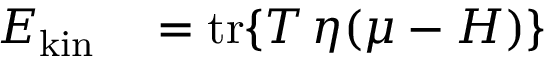
\begin{array} { r l } { E _ { \mathrm { k i n } } } & { { } = \mathrm { t r } \{ T \, \eta ( \mu - H ) \} } \end{array}